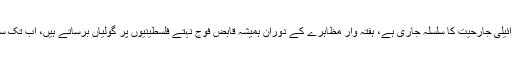
دوسری جانب فلسطین میں اسرائیلی جارحیت کا سلسلہ جاری ہے، ہفتہ وار مظاہرے کے دوران ہمیشہ قابض فوج نہتے فلسطینیوں پر گولیاں برساتے ہیں، اب تک سیکڑوں افراد شہید ہوچکے ہیں۔